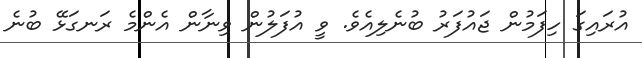
އުރައިގަ ހިފަމުން ޖައުފަރު ބުނެލިއެވެ. ވީ އުފަލުން ވިނާން އެންމެ ރަނގަޅޭ ބުނެ